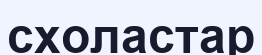
схоластар